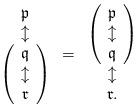
LaTeX: \begin{align*}\begin{array}{c}\mathfrak p\\\updownarrow\\ \left(\begin{array}{c}\mathfrak q\\\updownarrow \\\mathfrak r\end{array}\right)\end{array}=\begin{array}{c}\left(\begin{array}{c}\mathfrak p\\\updownarrow\\ \mathfrak q\end{array}\right)\\\updownarrow \\\mathfrak r.\end{array}\end{align*}